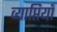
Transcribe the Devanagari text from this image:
व्याप्तियाँ